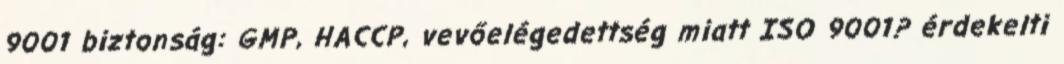
9001 biztonság: GMP, HACCP, vevőelégedettség miatt ISO 9001? érdekelti